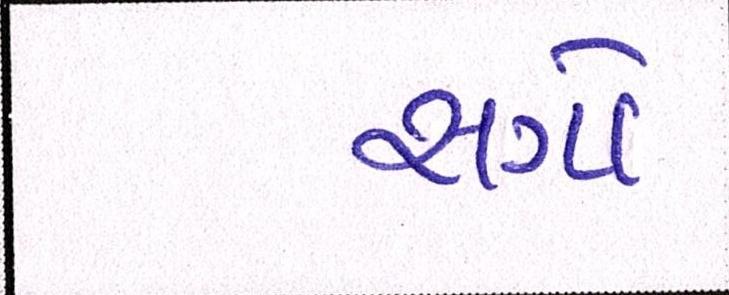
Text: સગો